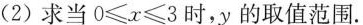
(2)求当$$0 ≤ x ≤ 3$$时，y的取值范围.